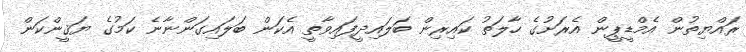
ރައްޔިތުން އެމްޑީޕީން އެރަށުގެ ހާލަތު ކައިރިން ބަލައިދީފައިވާތީ އެކަން ބަލައިގަންނާނެ ކަމުގެ ޔަޤީންކަން